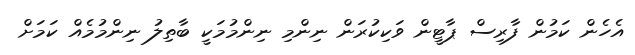
އެހެން ކަމުން ފާރިސް ޕާޓީން ވަކިކުރަން ނިންމި ނިންމުމަކީ ބާތިލު ނިންމުމެއް ކަމަށް